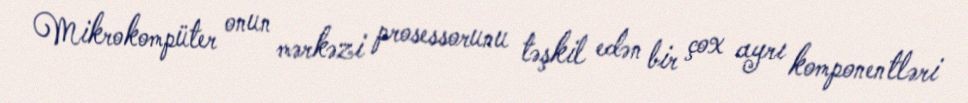
Mikrokompüter onun mərkəzi prosessorunu təşkil edən bir çox ayrı komponentləri